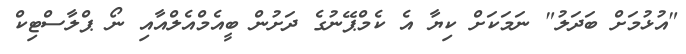
"އުޅުމަށް ބަދަލު" ނަމަކަށް ކިޔާ އެ ކެމްޕޭނުގެ ދަށުން ބީއެމްއެލްއާއި ނޯ ޕްލާސްޓިކް